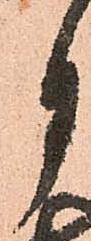
月